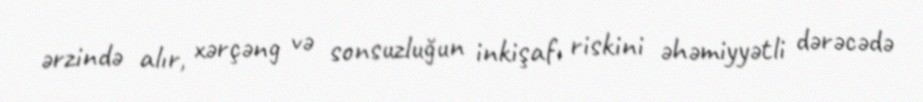
ərzində alır, xərçəng və sonsuzluğun inkişafı riskini əhəmiyyətli dərəcədə